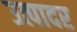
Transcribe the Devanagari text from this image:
उत्पादर